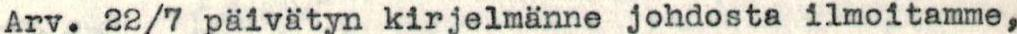
Arv. 22/7 päivätyn kirjelmänne johdosta ilmoitamme,